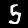
Label: 5